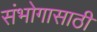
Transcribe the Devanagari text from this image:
संभोगासाठी